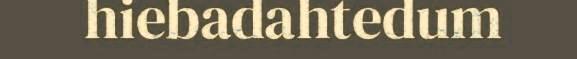
hiebadahtedum